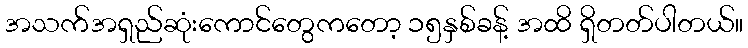
အသက်အရှည်ဆုံးကောင်တွေကတော့ ၁၅နှစ်ခန့် အထိ ရှိတတ်ပါတယ်။